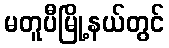
မတူပီမြို့နယ်တွင်